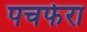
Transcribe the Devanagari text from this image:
पचफेरा